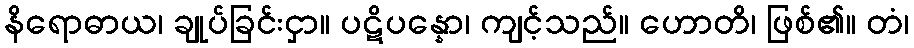
နိရောဓာယ၊ ချုပ်ခြင်းငှာ။ ပဋိပန္နော၊ ကျင့်သည်။ ဟောတိ၊ ဖြစ်၏။ တံ၊